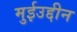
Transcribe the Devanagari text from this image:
मुईउद्दीन